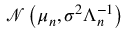
{ \mathcal { N } } \left( { \boldsymbol { \mu } } _ { n } , \sigma ^ { 2 } { \boldsymbol { \Lambda } } _ { n } ^ { - 1 } \right)